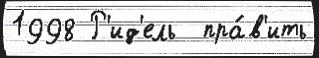
1998 Р'ид'ель  пра́в'ить